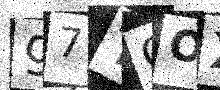
Text: 97TCOX